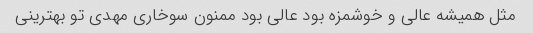
مثل همیشه عالی و خوشمزه بود عالی بود ممنون سوخاری مهدی تو بهترینی